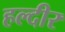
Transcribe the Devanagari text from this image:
हल्दीर